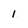
Character: 1